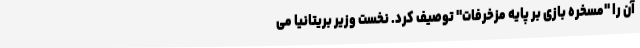
آن را "مسخره بازی بر پایه مزخرفات" توصیف کرد. نخست وزیر بریتانیا می